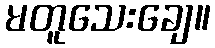
မတူသေးချေ။